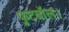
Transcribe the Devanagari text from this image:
फुटबॉल।